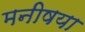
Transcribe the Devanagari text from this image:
मनीषया